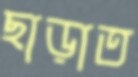
ছাড়াত